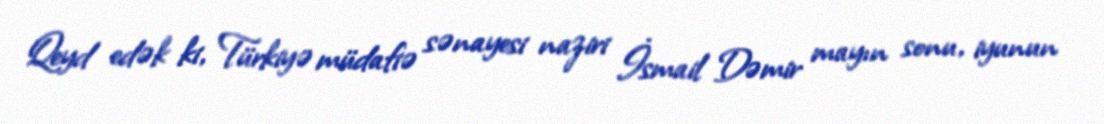
Qeyd edək ki, Türkiyə müdafiə sənayesi naziri İsmail Dəmir mayın sonu, iyunun